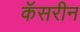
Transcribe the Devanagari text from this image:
कॅसरीन